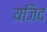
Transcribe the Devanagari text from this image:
यजिद